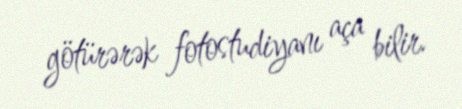
götürərək fotostudiyanı aça bilir.